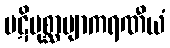
ပဋိပုစ္ဆာဗျာကရဏီယံ